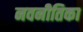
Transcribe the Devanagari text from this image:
नवनीतिका